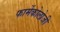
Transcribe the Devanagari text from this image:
फार्मेकोलोजी